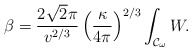
\begin{align*}\beta=\frac{2\sqrt{2}\pi}{v^{2/3}}\left(\frac{\kappa}{4\pi}\right)^{2/3}\int_{{\cal{C}}_{\omega}}{W}.\end{align*}